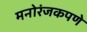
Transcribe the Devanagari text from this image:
मनोरंजकपणे